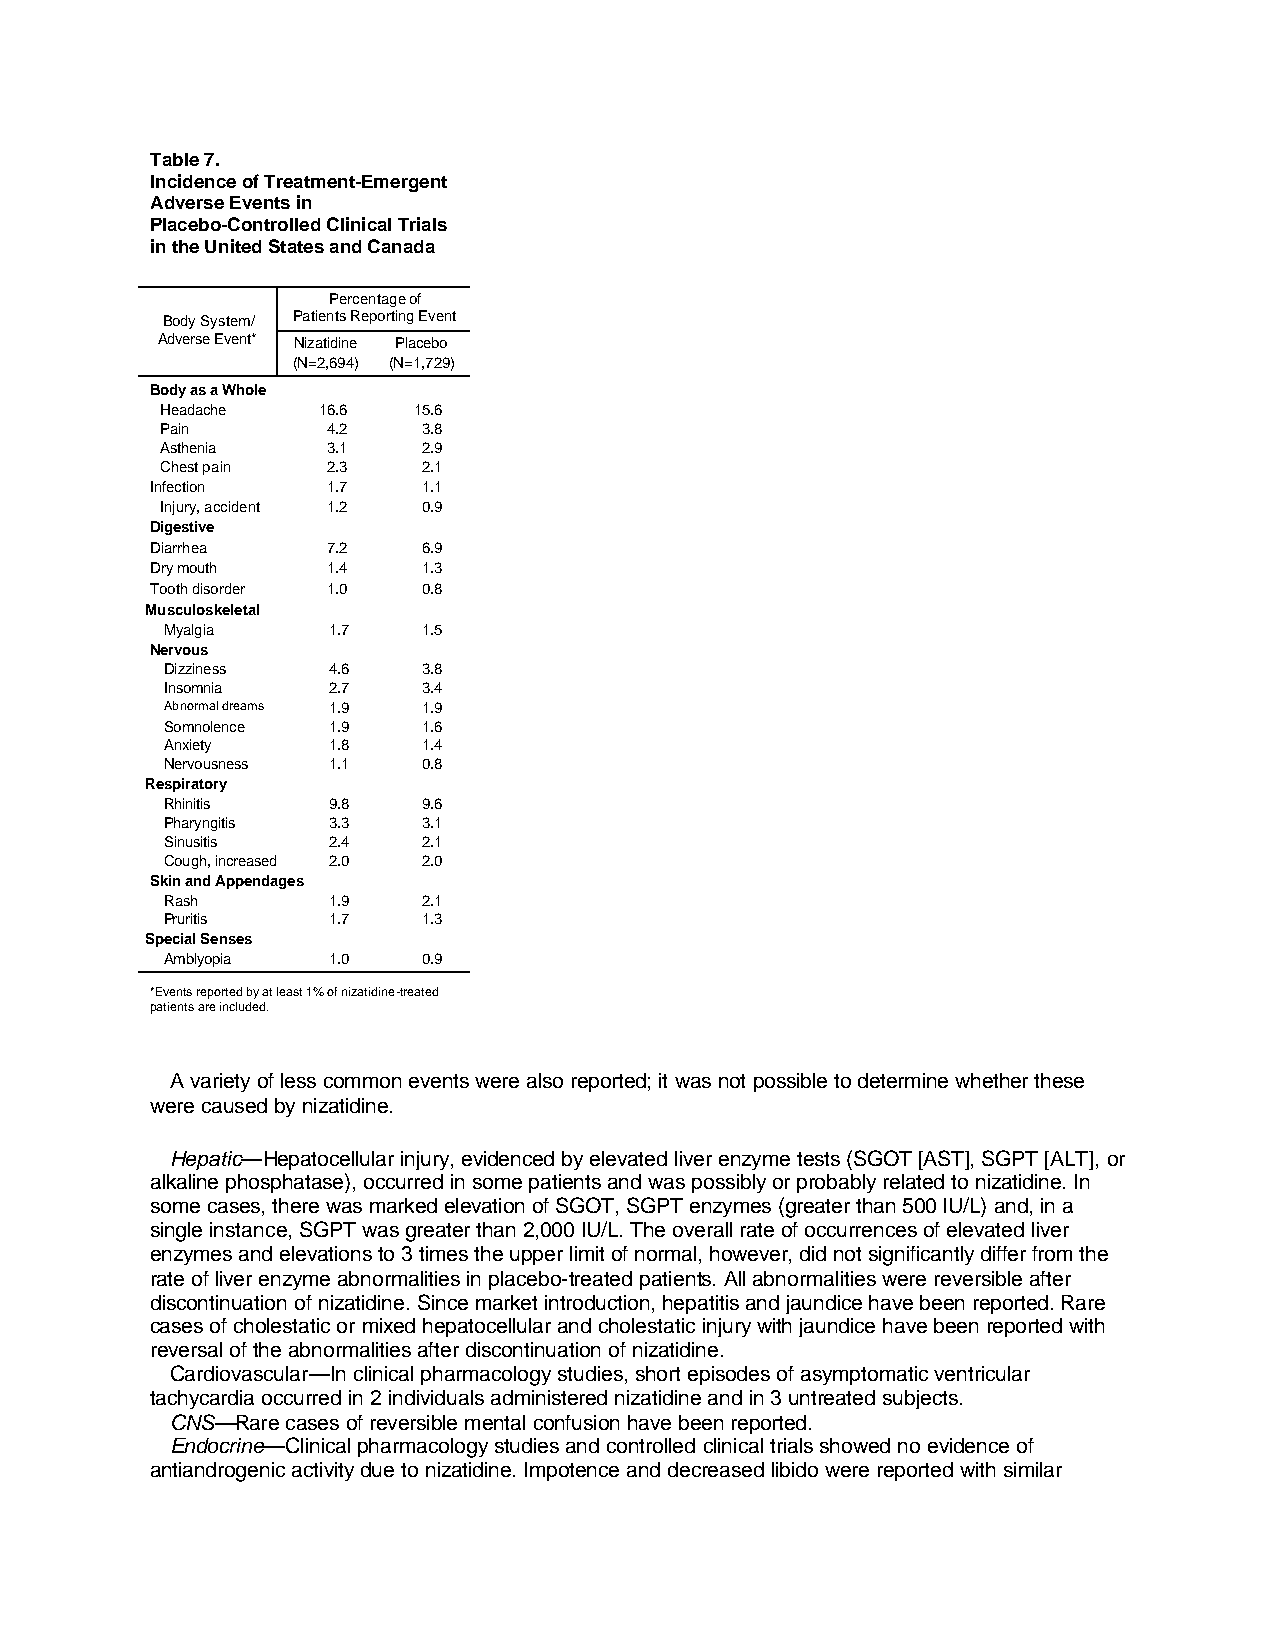
Table 7.
 Incidence of Treatment-Emergent
 Adverse Events in
 Placebo-Controlled Clinical Trials
 in the United States and Canada
 Percentage of
 Body System/ Patients Reporting Event
 Adverse Event* Nizatidine Placebo
 (N=2,694) (N=1,729)
 Body as a Whole
 Headache  16.6  15.6
 Pain       4.2   3.8
 Asthenia   3.1   2.9
 Chest pain 2.3   2.1
 Infection   1.7   1.1
 Injury, accident 1.2 0.9
 Digestive
 Diarrhea    7.2   6.9
 Dry mouth   1.4   1.3
 Tooth disorder 1.0 0.8
 Musculoskeletal
 Myalgia    1.7   1.5
 Nervous
 Dizziness  4.6   3.8
 Insomnia   2.7   3.4
 Abnormal dreams 1.9 1.9
 Somnolence 1.9   1.6
 Anxiety    1.8   1.4
 Nervousness 1.1  0.8
 Respiratory
 Rhinitis   9.8   9.6
 Pharyngitis 3.3  3.1
 Sinusitis  2.4   2.1
 Cough, increased 2.0 2.0
 Skin and Appendages
 Rash       1.9   2.1
 Pruritis   1.7   1.3
 Special Senses
 Amblyopia  1.0   0.9
 *Events reported by at least 1% of nizatidine-treated
 patients are included.
 A variety of less common events were also reported; it was not possible to determine whether these
 were caused by nizatidine.
 Hepatic—Hepatocellular injury, evidenced by elevated liver enzyme tests (SGOT [AST], SGPT [ALT], or
 alkaline phosphatase), occurred in some patients and was possibly or probably related to nizatidine. In
 some cases, there was marked elevation of SGOT, SGPT enzymes (greater than 500 IU/L) and, in a
 single instance, SGPT was greater than 2,000 IU/L. The overall rate of occurrences of elevated liver
 enzymes and elevations to 3 times the upper limit of normal, however, did not significantly differ from the
 rate of liver enzyme abnormalities in placebo-treated patients. All abnormalities were reversible after
 discontinuation of nizatidine. Since market introduction, hepatitis and jaundice have been reported. Rare
 cases of cholestatic or mixed hepatocellular and cholestatic injury with jaundice have been reported with
 reversal of the abnormalities after discontinuation of nizatidine.
 Cardiovascular—In clinical pharmacology studies, short episodes of asymptomatic ventricular
 tachycardia occurred in 2 individuals administered nizatidine and in 3 untreated subjects.
 CNS—Rare cases of reversible mental confusion have been reported.
 Endocrine—Clinical pharmacology studies and controlled clinical trials showed no evidence of
 antiandrogenic activity due to nizatidine. Impotence and decreased libido were reported with similar